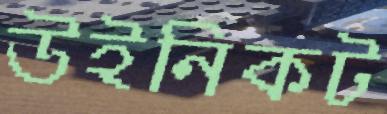
উইনিকট